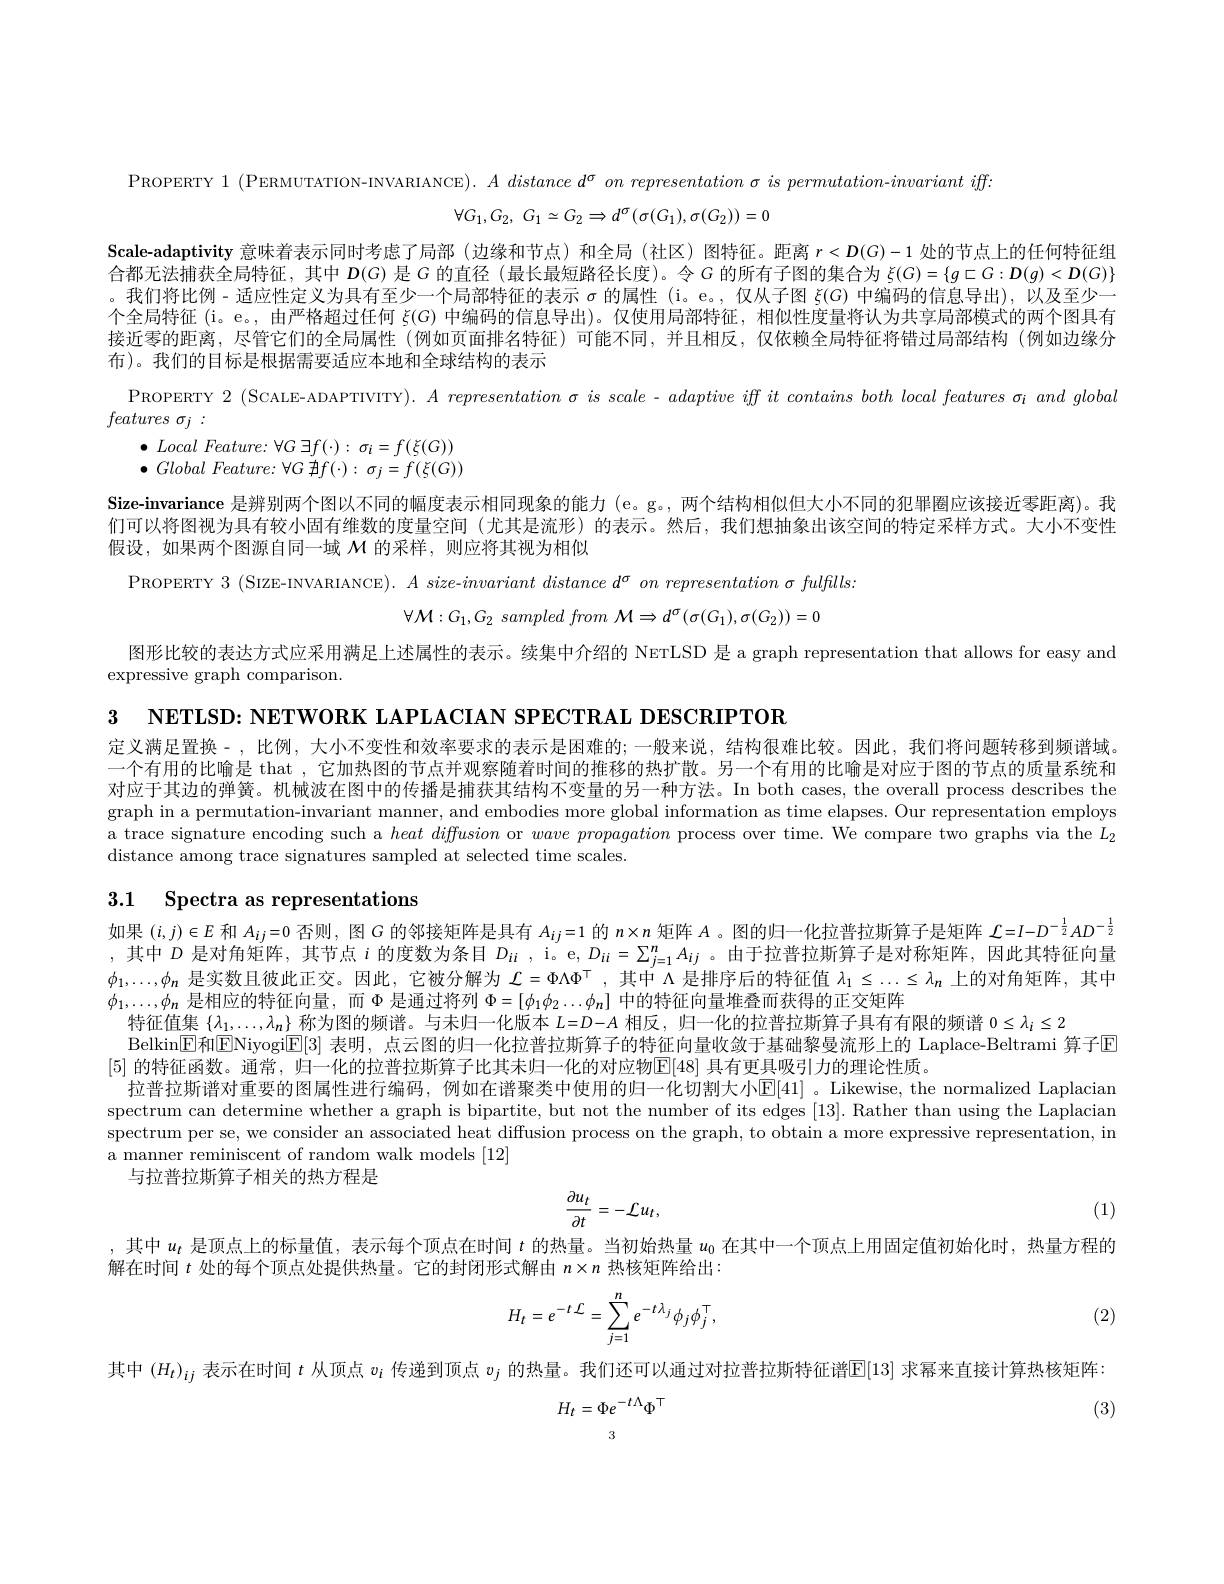
PROPERTY 1 ( PERMUTATION- INVARIANCE) . $A distance d^{\sigma } on representation \sigma is permutation- invariant iff:$
$$\forall G_1,G_2,\:G_1\simeq G_2\Rightarrow d^\sigma(\sigma(G_1),\sigma(G_2))=0$$
Scale-adaptivity 意味着表示同时考虑了局部 (边缘和节点)和全局 (社区)图特征。距离$r<D(G)-1$处的节点上的任何特征组合都无法捕获全局特征，其中$D(G)$是$G$的直径 (最长最短路径长度)。令$G$的所有子图的集合为$\xi(G)=\{g\sqsubset G:\mathbf{D}(g)<\mathbf{D}(G)\}$ 。我们将比例- 适应性定义为具有至少一个局部特征的表示$\sigma$的属性 (i。e。, 仅从子图$\xi(G)$中编码的信息导出),以及至少一个全局特征 (i。e。, 由严格超过任何$\xi(G)$中编码的信息导出)。仅使用局部特征，相似性度量将认为共享局部模式的两个图具有接近零的距离，尽管它们的全局属性 (例如页面排名特征)可能不同，并且相反，仅依赖全局特征将错过局部结构(例如边缘分布)。我们的目标是根据需要适应本地和全球结构的表示
PROPERTY 2 (SCALE-ADAPTIVITY). $A\textit{ representation σ is scale }- \textit{adaptive iff it contains both local features σ }_{i}$ $and\textit{ global}$
$features~\sigma_{j}~:$
$\begin{array}{l}\bullet&Local\:Feature:\:\forall G\:\exists f(\cdot)\::\:\sigma_{i}=f(\xi(G))\\\bullet&Global\:Feature:\:\forall G\:\nexists f(\cdot)\::\:\sigma_{j}=f(\xi(G))\end{array}$
Size-invariance 是辨别两个图以不同的幅度表示相同现象的能力 (e。g。, 两个结构相似但大小不同的犯罪圈应该接近零距离)。我们可以将图视为具有较小固有维数的度量空间 (尤其是流形)的表示。然后，我们想抽象出该空间的特定采样方式。大小不变性假设，如果两个图源自同一域$\mathcal{M}$的采样，则应将其视为相似
PROPERTY 3 (SIZE-INVARIANCE). $A$ size-invariant distance $d^\sigma$ on representation $\sigma$ fulfills:
$$\forall\mathcal{M}:G_1,G_2\:sampled\:from\:\mathcal{M}\Rightarrow d^{\sigma}(\sigma(G_1),\sigma(G_2))=0$$
图形比较的表达方式应采用满足上述属性的表示。续集中介绍的 NerLSD 是 a graph representation that allows for easy and
expressive graph comparison.
3 NETLSD: NETWORK LAPLACIAN SPECTRAL DESCRIPTOR

定义满足置换-,比例，大小不变性和效率要求的表示是困难的；一般来说，结构很难比较。因此，我们将问题转移到频谱域。一个有用的比喻是 that ,它加热图的节点并观察随着时间的推移的热扩散。另一个有用的比喻是对应于图的节点的质量系统和对应于其边的弹簧。机械波在图中的传播是捕获其结构不变量的另一种方法。In both cases, the overall process describes the graph in a permutation-invariant manner, and embodies more global information as time elapses. Our representation employs a trace signature encoding such a $heat\textit{ diffusion or }wave\textit{ propagation process over time. We compare two graphs via the }L_2$ distance among trace signatures sampled at selected time scales.

3.1 Spectra as representations
如果$(i,j)\in E$和$A_ij=0$否则，图 G 的邻接矩阵是具有$A_{ij}=1$的$n\times n$矩阵$A$ 。图的归一化拉普拉斯第子是矩阵$\mathcal{L}=I-D^{-\frac12}AD^{-\frac12}$ 其中 D 早对名何财 其带占 的市数为多日$D_i=D_i=D_i=D_i=\sum_i^nA_i$中王拉·並它抵管子目对好后陇 田此甘桂征向号

,其中$D$是对角矩阵，其节点$i$的度数为条目$D_{ii}$ , i。e, $D_{ii}= \sum _{j= 1}^{n}A_{ij}$ 。由于拉普拉斯算子是对称矩阵，因此其特征向量$\phi_1,\ldots,\phi_n$是实数且彼此正交。因此，它被分解为$\mathcal{L}=\Phi\Lambda\Phi^\top$,其中$\Lambda$是排序后的特征值$\lambda_1\leq\ldots\leq\lambda_n$上的对角矩阵，其中$\phi_1,\ldots,\phi_n$是相应的特征向量，而$\Phi$是通过将列$\Phi=[\phi_1\phi_2\ldots\phi_n]$中的特征向量堆叠而获得的正交矩阵
特征值集$\{\lambda_1,\ldots,\lambda_n\}$称为图的频谱。与未归一化版本$L=D-A$相反，归一化的拉普拉斯算子具有有限的频谱$0\leq\lambda_i\leq2$
Belkin$\mathbb{E}$和ENiyogi$\mathbb{E}[3]$ 表明，点云图的归一化拉普拉斯算子的特征向量收敛于基础黎曼流形上的 Laplace-Beltrami 算子$\mathbb{E}$
[5] 的特征函数。通常，归一化的拉普拉斯算子比其未归一化的对应物E[48] 具有更具吸引力的理论性质。
拉普拉斯谱对重要的图属性进行编码，例如在谱聚类中使用的归一化切割大小$\mathbb{E}[41]$ 。Likewise, the normalized Laplacian spectrum can determine whether a graph is bipartite, but not the number of its edges [13]. Rather than using the Laplacian spectrum per se, we consider an associated heat diffusion process on the graph, to obtain a more expressive representation, in a manner reminiscent of random walk models [12]
与拉普拉斯算子相关的热方程是
$$\frac{\partial u_t}{\partial t}=-\mathcal{L}u_t,$$
(1)

,其中$u_t$是顶点上的标量值，表示每个顶点在时间$t$的热量。当初始热量$u_0$在其中一个顶点上用固定值初始化时，热量方程的

解在时间$t$处的每个顶点处提供热量。它的封闭形式解由$n\times n$热核矩阵给出：
$$H_t=e^{-t\:\mathcal{L}}=\sum_{j=1}^ne^{-t\lambda_j}\phi_j\phi_j^\top,$$
(2)

其中$(H_t)_{ij}$表示在时间$t$从顶点$v_i$传递到顶点$v_j$的热量。我们还可以通过对拉普拉斯特征谱$\overline[13]$求幂来直接计算热核矩阵：

(3)
$$\begin{array}{c}H_t=\Phi e^{-t\Lambda}\Phi^\top\\3\end{array}$$